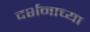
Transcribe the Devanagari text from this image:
दर्शनाच्या